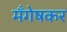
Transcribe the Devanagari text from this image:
मँगेषकर